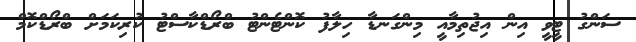
ސަންގު ޓީވީ އިން އިޖުތިމާއީ މިންގަނޑާ ހިލާފު ކޮންޓެންޓު ބްރޯޑްކާސްޓު ކުރިކަމަށް ބްރޯޑްކޮމް